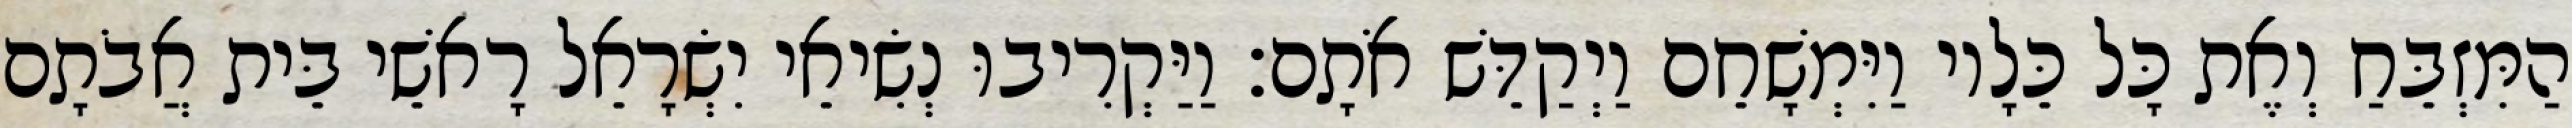
הַמִּזְבֵּחַ וְאֶת כָּל כֵּלָיו וַיִּמְשָׁחֵם וַיְקַדֵּשׁ אֹתָם׃ וַיַּקְרִיבוּ נְשִׂיאֵי יִשְׂרָאֵל רָאשֵׁי בֵּית אֲבֹתָם